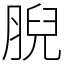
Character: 腉